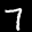
Label: 7